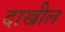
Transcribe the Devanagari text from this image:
दाखील